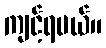
ကျင့်ရမယ်။